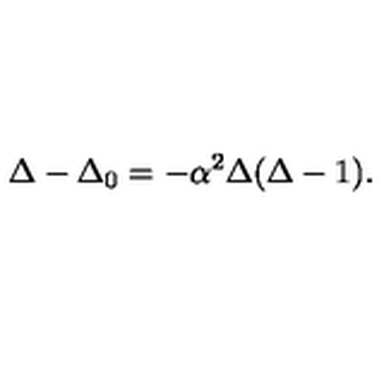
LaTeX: \Delta - { \Delta _ { 0 } } = - { \alpha ^ { 2 } } \Delta ( \Delta - 1 ) .